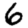
Digit: 6